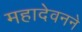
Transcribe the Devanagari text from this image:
महादेवनने